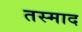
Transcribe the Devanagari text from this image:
तस्माद